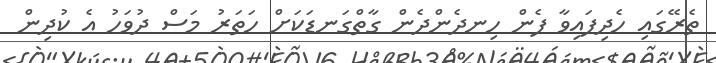
ތެރޭގައި ހެދިފައިވާ ފެން ހިނދެންދެން ގާތްގަނޑަކަށް ހަތަރު މަސް ދުވަހު އެ ކުދިން